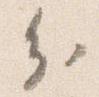
分